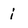
Character: i